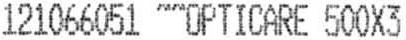
121066051 ~~OPTICARE 500X3